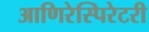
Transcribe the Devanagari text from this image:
आणिरेस्पिरेटरी